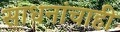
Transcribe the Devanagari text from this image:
साधनांचाही